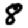
Digit: 8